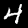
Label: 4